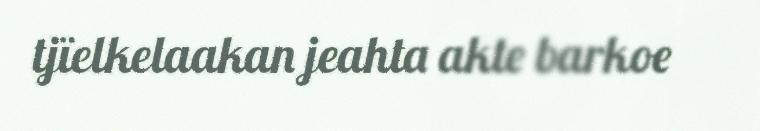
tjïelkelaakan jeahta akte barkoe